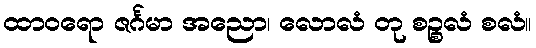
ထာဝရော ဇင်္ဂမာ အညော၊ လောလံ တု စဉ္စလံ စလံ။